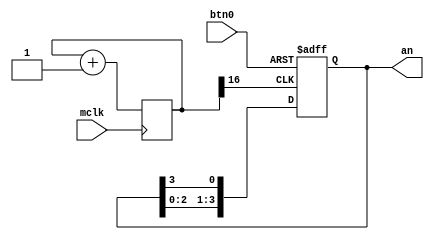
`timescale 1ns / 1ps

module an_gen(
    mclk,
    btn0,
    an
    );

    input mclk;
    input btn0;

    output [3:0] an;
    reg [3:0] an;
	 
    reg [16:0] counter;
    wire clk_500Hz;
	 
    always @(posedge mclk) 
	   begin
        counter <= counter + 1;
      end
		
    assign clk_500Hz = counter[16]; 
	 
    always @(posedge clk_500Hz or posedge btn0)
      begin
	     if (btn0) 
	        an <= 4'b1110;
	     else begin
		    an[0] <= an[3];
		    an[1] <= an[0];
		    an[2] <= an[1];
		    an[3] <= an[2];
	     end
	   end
endmodule